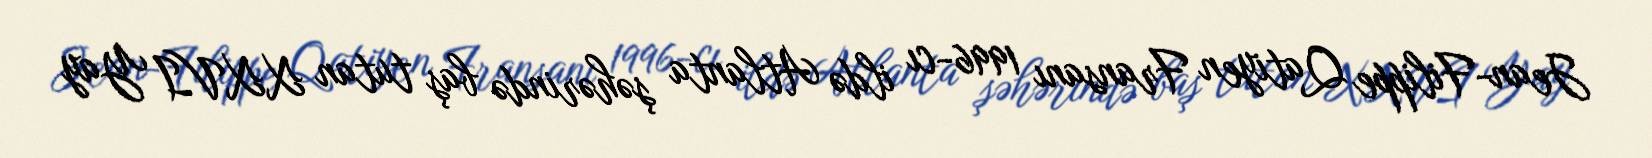
Jean-Filippe Qatiyen Fransanı 1996-cı ildə Atlanta şəhərində baş tutan XXVI Yay